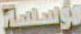
توسسة